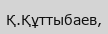
Қ.Құттыбаев,